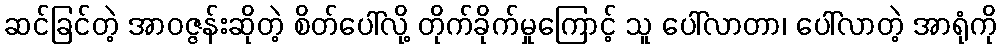
ဆင်ခြင်တဲ့ အာဝဇ္ဇန်းဆိုတဲ့ စိတ်ပေါ်လို့ တိုက်ခိုက်မှုကြောင့် သူ ပေါ်လာတာ၊ ပေါ်လာတဲ့ အာရုံကို